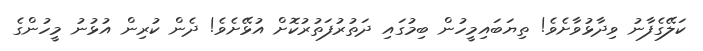
ކަލޭގެފާނު ވިދާޅުވާށެވެ! ތިޔަބައިމީހުން ބިމުގައި ދަތުރުފަތުރުކޮށް އުޅޭށެވެ! ދެން ކުރިން އުޅުނު މީހުންގެ